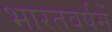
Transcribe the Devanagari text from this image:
भारतवर्षमें